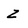
Character: z